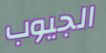
الجيوب